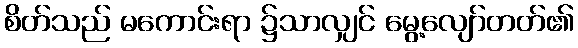
စိတ်သည် မကောင်းရာ ၌သာလျှင် မွေ့လျော်တတ်၏